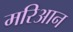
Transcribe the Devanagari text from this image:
मरिआन